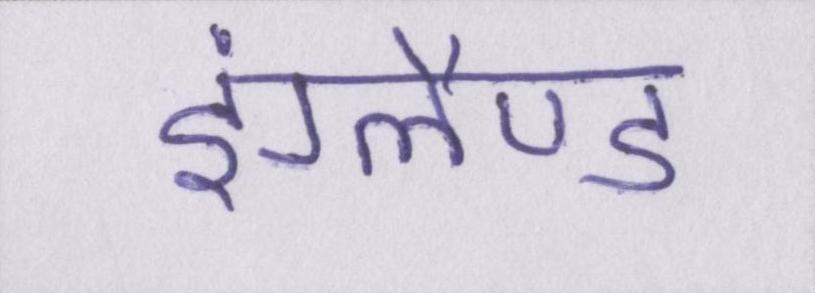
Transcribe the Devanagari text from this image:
इंग्लैण्ड